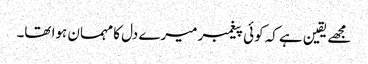
مجھے یقین ہے کہ کوئی پیغمبر میرے دل کا مہمان ہوا تھا۔